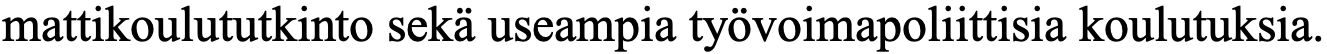
mattikoulututkinto sekä useampia työvoimapoliittisia koulutuksia.